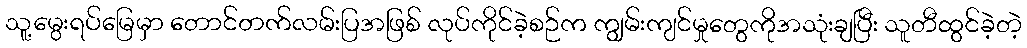
သူ့မွေးရပ်မြေမှာ တောင်တက်လမ်းပြအဖြစ် လုပ်ကိုင်ခဲ့စဉ်က ကျွမ်းကျင်မှုတွေကိုအသုံးချပြီး သူတီထွင်ခဲ့တဲ့